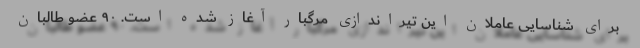
برای شناسایی عاملان این تیراندازی مرگبار آغاز شده است. ۹۰ عضو طالبان